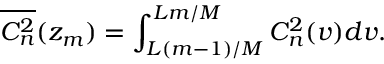
\overline { { C _ { n } ^ { 2 } } } ( z _ { m } ) = \int _ { L ( m - 1 ) / M } ^ { L m / M } C _ { n } ^ { 2 } ( v ) d v .